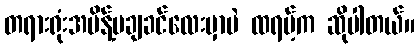
တရားရုံးအမိန့်မချခင်လေးမှာပဲ ထရမ့်က ဆိုပါတယ်။